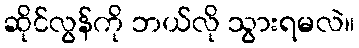
ဆိုင်လွန်ကို ဘယ်လို သွားရမလဲ။